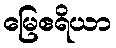
မြေဧရိယာ